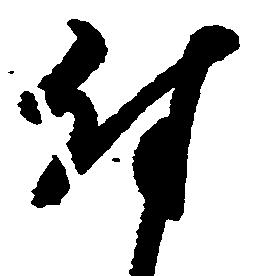
付